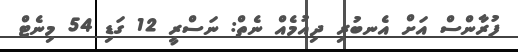
ފުރާންސް އަށް އެނބުރި ދިއުމެއް ނެތް: ނަސްރީ 12 ގަޑި 54 މިނެޓް